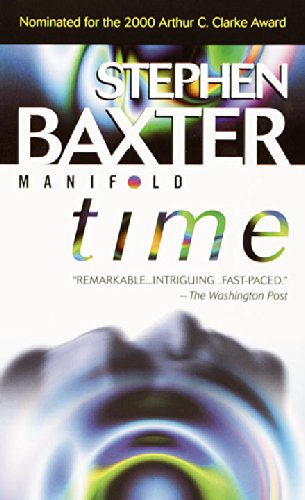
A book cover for Manifold: Time; Stephen Baxter; Science Fiction & Fantasy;